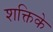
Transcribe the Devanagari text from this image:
शक्तिके